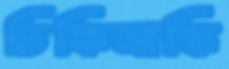
চিকিমাঙ্কি